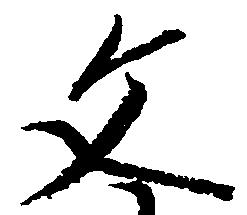
文